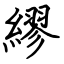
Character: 繆